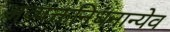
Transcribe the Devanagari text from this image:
अव्यक्तनिधनान्येव